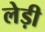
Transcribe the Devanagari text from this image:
लेड़ी